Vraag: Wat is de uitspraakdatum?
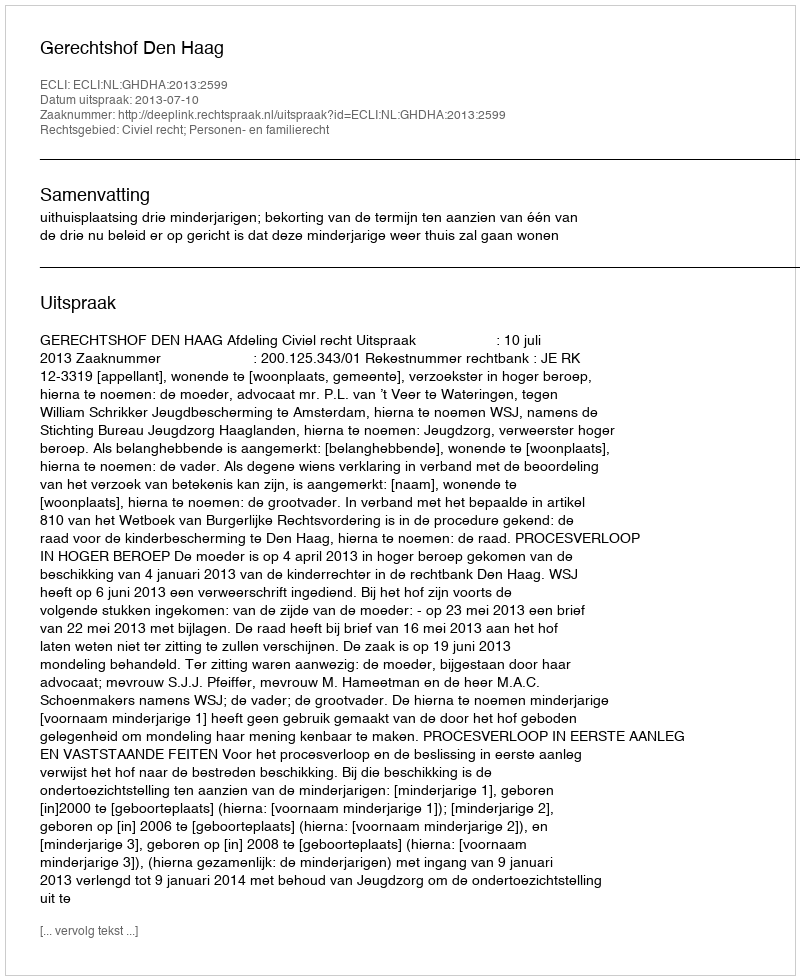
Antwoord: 2013-07-10